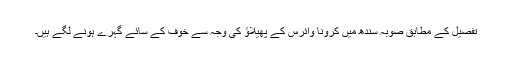
تفصیل کے مطابق صوبہ سندھ میں کرونا وائرس کے پھیلاؤ کی وجہ سے خوف کے سائے گہرے ہونے لگے ہیں۔